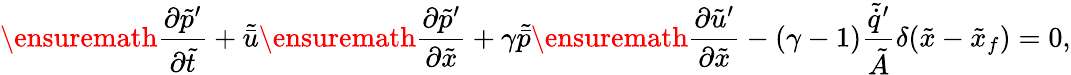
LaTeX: \ensuremath{\frac{\partial\tilde{p}^{\prime}}{\partial\tilde{t}}}+\tilde{\bar{u}}\ensuremath{\frac{\partial\tilde{p}^{\prime}}{\partial\tilde{x}}}+\gamma\tilde{\bar{p}}\ensuremath{\frac{\partial\tilde{u}^{\prime}}{\partial\tilde{x}}}-(\gamma-1)\frac{\tilde{\dot{q}}^{\prime}}{\tilde{A}}\delta(\tilde{x}-\tilde{x}_{f})=0,